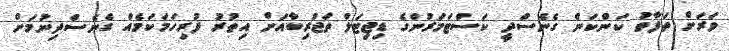
ވަރަށް ތަފާތު ކަންކަން ގެނެސްދީ ކަސްޓަމަރުންގެ ޑިޖިޓަލް ތަޖުރިބާއަށް އިތުރު ފުރިހަމަކަމެއް ގެނެސްދިނުމަށް